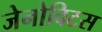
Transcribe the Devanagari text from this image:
जेनोविटस